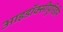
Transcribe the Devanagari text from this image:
आइडॉक्सीयूरिडीन